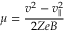
\mu = \frac { v ^ { 2 } - v _ { \parallel } ^ { 2 } } { 2 Z e B }